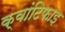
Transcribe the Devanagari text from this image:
क्वांटिफाइ